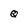
Character: q